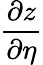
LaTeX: \frac{\partial z}{\partial\eta}